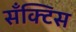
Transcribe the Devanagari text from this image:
सँक्टिस